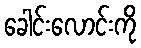
ခေါင်းလောင်းကို